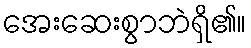
အေးဆေးစွာဘဲရှိ၏။